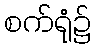
စက်ရုံ၌